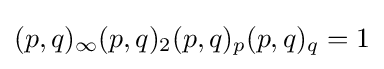
(p,q)_{\infty }(p,q)_{2}(p,q)_{p}(p,q)_{q}=1